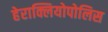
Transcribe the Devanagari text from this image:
हेराक्लियोपोलिस